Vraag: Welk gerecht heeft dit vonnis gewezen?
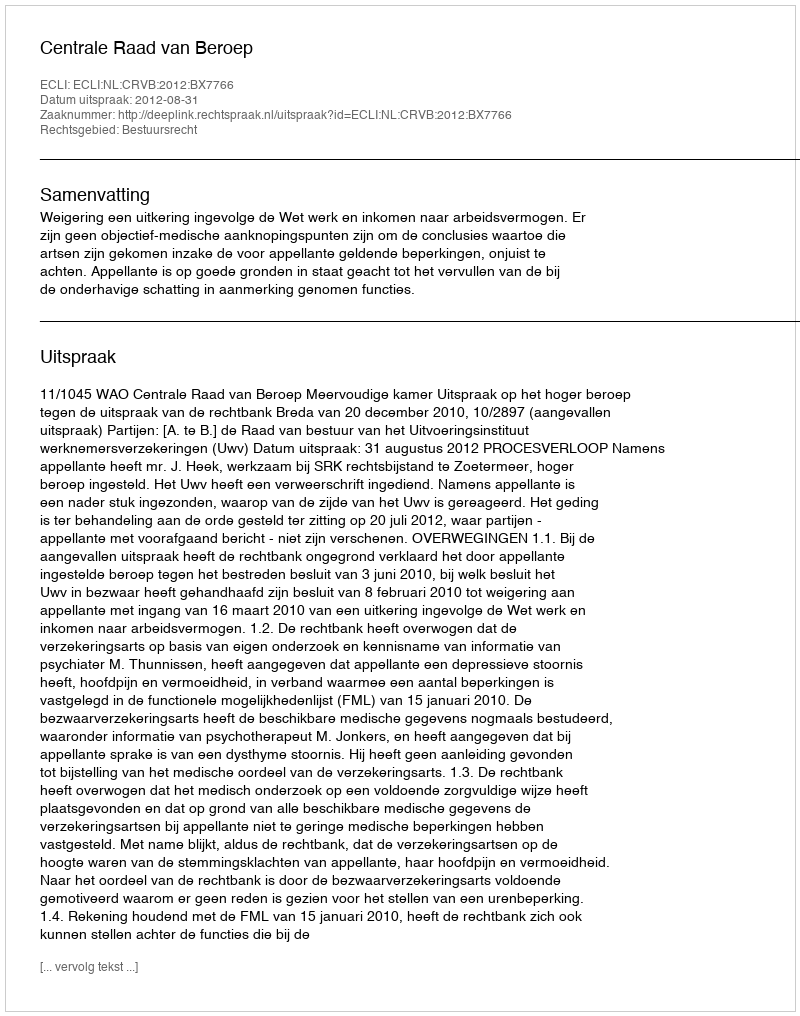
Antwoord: Centrale Raad van Beroep